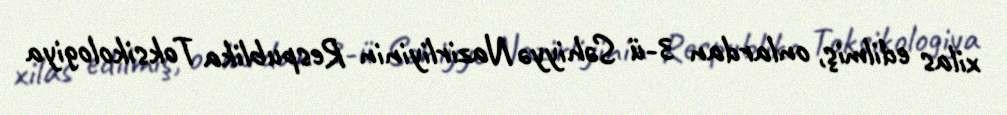
xilas edilmiş, onlardan 3-ü Səhiyyə Nazirliyinin Respublika Toksikologiya